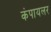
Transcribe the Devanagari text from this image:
कंपायलर